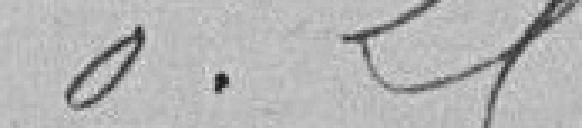
0.25